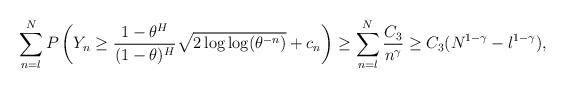
LaTeX: \begin{align*}\sum_{n=l}^{N}P\left(Y_{n}\geq\frac{1-\theta^{H}}{(1-\theta)^{H}}\sqrt{2\log\log(\theta^{-n})}+c_{n}\right)\geq\sum_{n=l}^{N}\frac{C_{3}}{n^{\gamma}}\geq C_{3}(N^{1-\gamma}-l^{1-\gamma}),\end{align*}